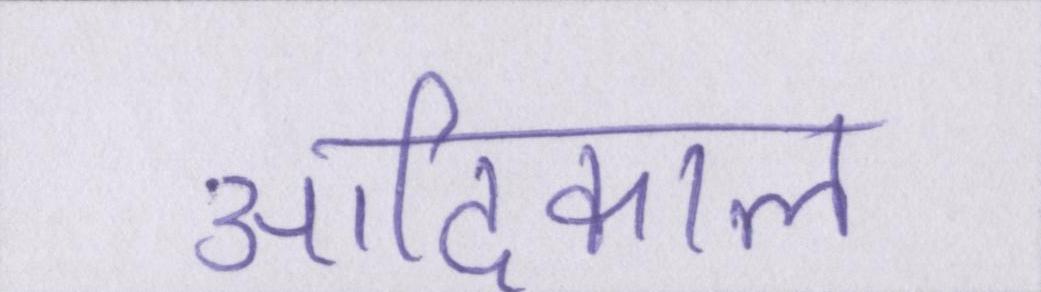
आदिकाल